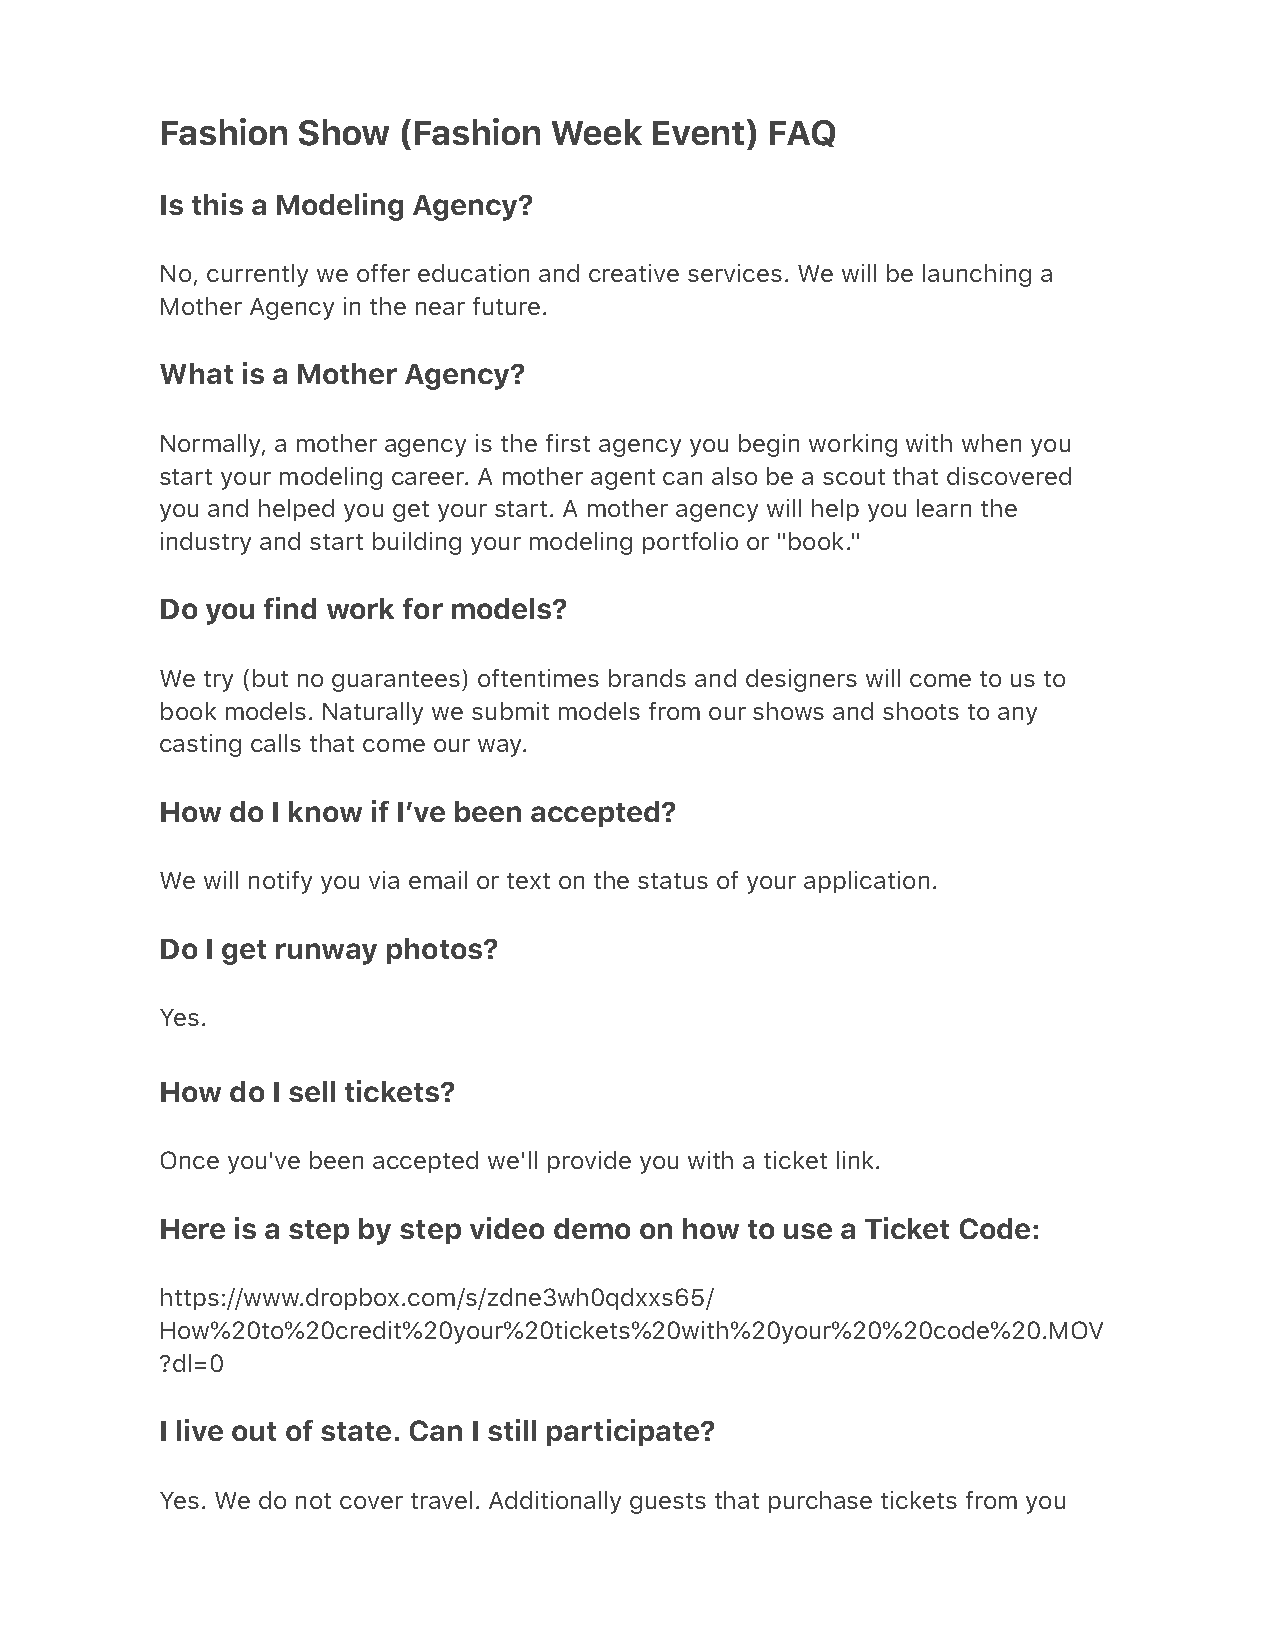
Fashion  Show  (Fashion  Week   Event)  FAQ
 Is this a Modeling Agency?
 No, currently we offer education and creative services. We will be launching a
 Mother Agency in the near future.
 What is a Mother Agency?
 Normally, a mother agency is the first agency you begin working with when you
 start your modeling career. A mother agent can also be a scout that discovered
 you and helped you get your start. A mother agency will help you learn the
 industry and start building your modeling portfolio or "book."
 Do you find work for models?
 We try (but no guarantees) oftentimes brands and designers will come to us to
 book models. Naturally we submit models from our shows and shoots to any
 casting calls that come our way.
 How do I know if Iʼve been accepted?
 We will notify you via email or text on the status of your application.
 Do I get runway photos?
 Yes.
 How do I sell tickets?
 Once you've been accepted we'll provide you with a ticket link.
 Here is a step by step video demo on how to use a Ticket Code:
 https://www.dropbox.com/s/zdne3wh0qdxxs65/
 How%20to%20credit%20your%20tickets%20with%20your%20%20code%20.MOV
 ?dl=0
 I live out of state. Can I still participate?
 Yes. We do not cover travel. Additionally guests that purchase tickets from you